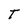
Character: T